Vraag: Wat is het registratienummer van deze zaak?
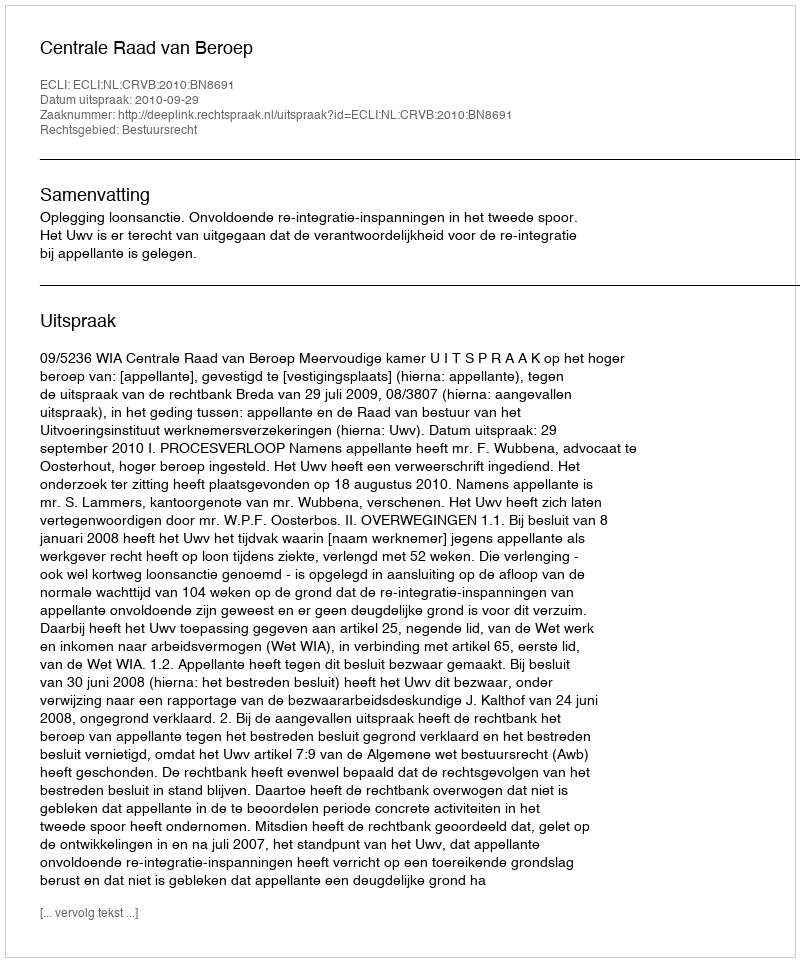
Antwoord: http://deeplink.rechtspraak.nl/uitspraak?id=ECLI:NL:CRVB:2010:BN8691